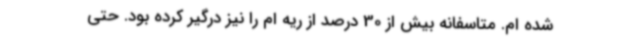
شده ام. متاسفانه بیش از 30 درصد از ریه ام را نیز درگیر کرده بود. حتی